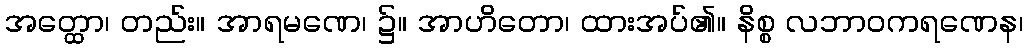
အတ္ထော၊ တည်း။ အာရမဏေ၊ ၌။ အာဟိတော၊ ထားအပ်၏။ နိစ္စ လဘာဝကရဏေန၊